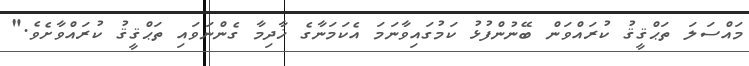
މައްސަލަ ތަޙްޤީޤު ކުރައްވަން ބޭނުންފުޅު ކަމުގައިވާނަމަ އެކަމަނާގެ ޚާދިމާ ގެންނަވައި ތަޙްޤީޤު ކުރައްވާށެވެ."